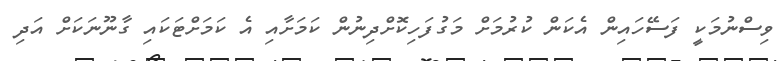
ވިސްނުމަކީ ފަސޭހައިން އެކަން ކުރުމަށް މަގުފަހިކޮށްދިނުން ކަމަށާއި އެ ކަމަށްޓަކައި ގާނޫނަކަށް އަދި